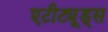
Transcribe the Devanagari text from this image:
एटीट्यूड्स